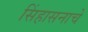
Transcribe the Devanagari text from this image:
सिंहासनाचे